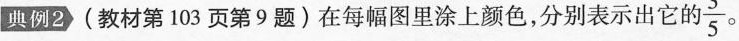
典例2)(教材第103页第9题)在每幅图里涂上颜色，分别表示出它的 \frac{3}{5}。